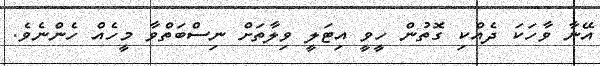
އޭނާ ވާހަކަ ދެއްކި ގޮތުން ހީވީ އިޓަލީ ވިލާތަށް ނިސްބަތްވާ މީހެއް ހެންނެވެ.